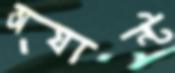
অ্যান্ট